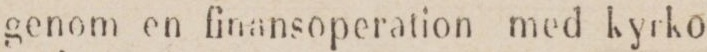
genom en finansoperation med kyrko